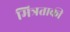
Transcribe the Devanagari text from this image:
मित्रताकी